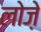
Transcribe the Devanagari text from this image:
लोज़े